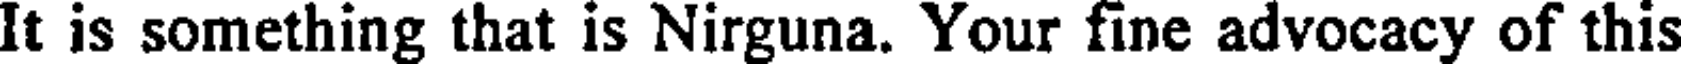
It is something that is Nirguna. Your fine advocacy of this